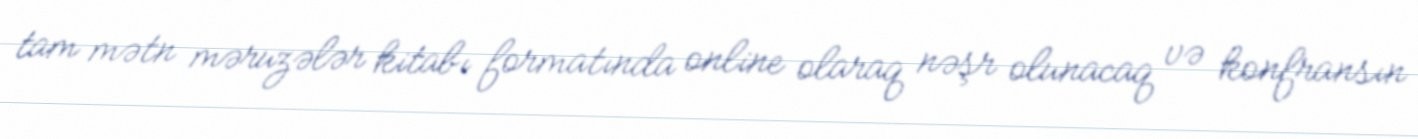
tam mətn məruzələr kitabı formatında online olaraq nəşr olunacaq və konfransın